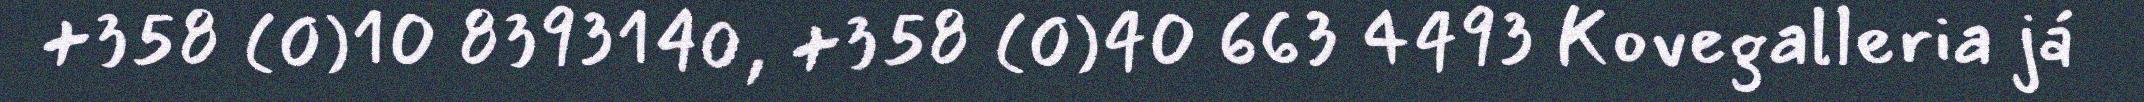
+358 (0)10 8393140, +358 (0)40 663 4493 Kovegalleria já